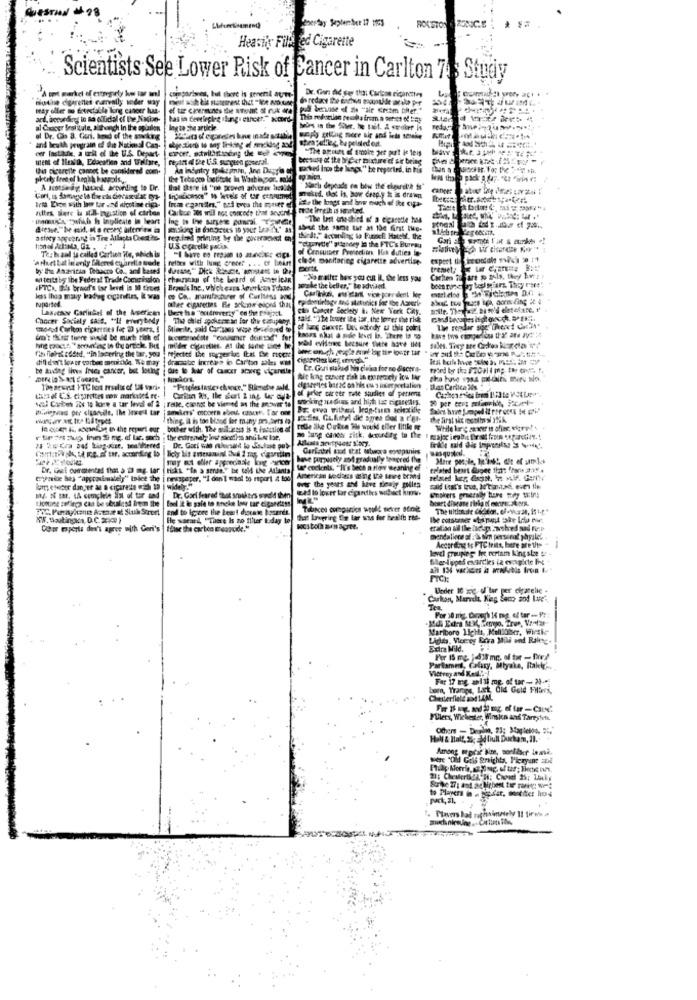
Perday September 17 1963
ROLSTON ZUNICE
Heavily Fild ed Cigarette
Scientists See Lower Risk of Cancer in Carlton 74 $ Study
"A ont mørket of ertogirly ko w inl
comparianes, but there is generi aute-
muthe cigarettes namenily vader way
may oller mo freectable lung cancer hus.
pu benuse of de ""sie Cream tilter."
al Cancer Bestiaule, aihonch In the opinion
Ing to the article.
redan
al Dr. Cho 3. Con. hrad of the movekrg
Hep catig moce tip and iets sesehe
and beuth program of Dit Natkuul Can.
cer lastikudie, a unit of the U.S. Depart-
"The amount of smoke jet purt de teis
ment of Ileaith, Education and Welfare,
repin dl De liS. sungen poserai.
because of the br Cer mixture of sir being
this cistreite cannot be considered com-
packed Inco te haces." be reported, in his
A Jebtsa ag, hatand, according to Dr.
That there is "no provet adverse lacaldy
"Nach depeade en btw the cheare'? is"
tema Dipe with boo tar cod nicotine cipa-
mekid, dot is, how crep.y & is drawn
ite the longs and how much of the cipa-
Fuites, Bare lu still-huistion of cirbon
Iran eganides," pod evea the myaver
Faute lereih is smurtund
man's, "ahaha h Iapplicate in leart
sbeef the same tar at 13e first que-
a story aggetting in Tre Allacha Crest is-
reg ised priming by the goveracvest ens
thirdt." According to Funnell Hatelf, the
Te: haal is called Carlin ite, which is
of Consumer Protection Ha duties in-
"grande" soanney la the FTC's Bureau
"astart bat inanty Fatores charello sude
felles with INmt Crecer . . . of least
cle de monitoring cigarette advertise-
by the Asaritia Teoacre Co ., and based
Dortt
en teitt by the Federal Trade Commission
Ghana of the board of American
"No mailtr hex you cut Il, the less yas
IFTCH, Ils brworf's tor level in MO tirbes
gorake the bedler," te sduided.
less than many ladeg cipinfir, it was
co Ca, manufacturer of Curltess and
Culkin, ou'dan vice perdent tee
Lasseace Garlinbel of the American
otter cigarettes Ble sekcon elord that
can Cancer Society &. New York City.
Chocer Socialy salt. "Il murybody
The chief spokeme an For the companyt.
salt. "Ite lewer itte tar, the lerner the risk
2odst Carlem cicarenes fic 20 years, !
din't their there would be much risk of
Th fiehit added. "in lacering the tar, you
milder castles. At the same time I
te audeg lives Inses cancer, but loting
due to kar of cancer atang cigarette
Lr. Guri suakad His civica for no Escort-
ble king cancer risk in tapeciety low tvr
The newest 1TC best results of US varis
"Proples tastes chance." Surnetse zald.
of peler direer rate studies of persons
LOW E.S. cigarettes wow markedet re-
Fake, can be viened as the meover to
working Ip-Suns and high tas cigarettes.
Philippvad per clusncile. Ihe Itaest tar
BE: ewa withed kan-tun scialille
thing. il is ton bsod for many m ders ta
In cusen Is, ascaniq in the repart our bother with, The suidieass is e Function of
rethe ilke Cokun He would eller little
have purposely and gradually tpacred the
More people, 12.282, die ef uuml.
Dr. Gul cumstental that a @ mg. lar |risks. "In a serde." be told the Atlanta
Saf coclents, "It's bech a tiowe meaning ef
Related beurt done that There 235.4
typeice baş "approximately" Indce the i prospeper, "I don't want to report 4 too
American sodass using the savee brand
wat to lower far cipanties wobect kipw.
over the years and have sinaiy godles
14. If Bar. 1A complete list of tar and
Dr. Cari feared that smaskers wvold then
and to Ignore the heart disease hasards.
Tibices companies would never admit
He wacard, "There Is no filter Iday te
Calor mperis don't agree with Geri's |tüne the carbon Elearcide."
kocs both mon agree.
eralfon all the lichys Zwobred nad fiep
mentalince al. I sin personal yapile.
According to FTC teits, here are the -
level groupes Ire cortam Kingsle ! -
Under 10 zog, ul lar per cigarelie -
"Carlton, Marvel, King Sono sod Lape'
Marlboro 1cHt, Kellloser, Wiethe
Light. Vier eg Eria Mili and Raletc.
Extra Mild.
Parlamet, Celazy, Miyako, Fakir'
Far 17 mg. sal si mg. of tar - 20-+
bom, Trange, Let Old Gold FHans,
Chesterfield ao4 1AM,
Pliers, Wichester, Winsken and Tareyfett.
Others - Dealma, 23; Mapletoo. " :. "
ed bull Ducham, 11.
were "Old Cols graights, Picayune and
21; Chewfertig H: Chose 25: Lucky
. Plavers bad taghaimately 11 fire> >